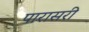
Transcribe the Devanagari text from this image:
पारासरी